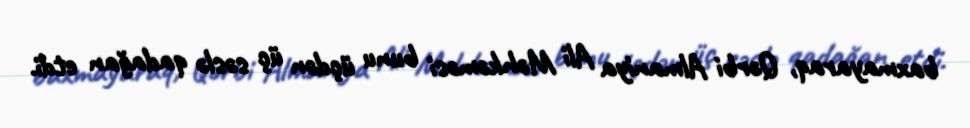
baxmayaraq, Qərbi Almaniya Ali Məhkəməsi bunu üçdən üç səslə qadağan etdi.